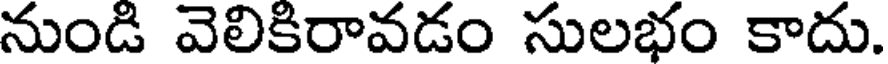
నుండి వెలికిరావడం సులభం కాదు.